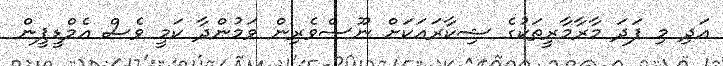
އަދި މި ފަދަ މާރާމާރީތަކުގެ ޝިކާރައަކަށް ނޫސްވެރިން ވަމުންދާ ކަމީ ވެސް އެމްޑީޕީން